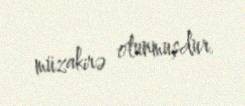
müzakirə olunmuşdur.